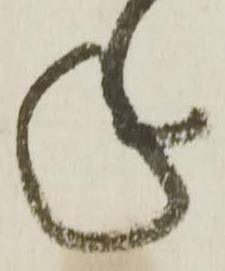
年